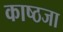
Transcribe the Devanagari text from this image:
काष्ठजा